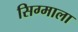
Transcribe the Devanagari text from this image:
सिग्माला